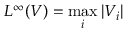
L ^ { \infty } ( \boldsymbol { V } ) = \operatorname* { m a x } _ { i } { | V _ { i } | }